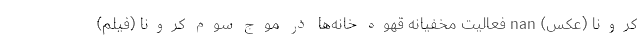
کرونا (عکس) nan فعالیت مخفیانه قهوه خانه‌ها در موج سوم کرونا (فیلم)